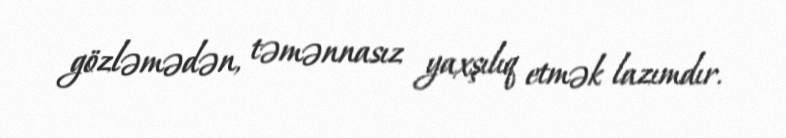
gözləmədən, təmənnasız yaxşılıq etmək lazımdır.